Bréfritari: Guðný Jónsdóttir
Viðtakandi: Jón Borgfirðingur
Dagsetning: A-1899-04-12
Skrifað á: Sauðafelli  Dal.
Dóttir Jóns Borgfirðings

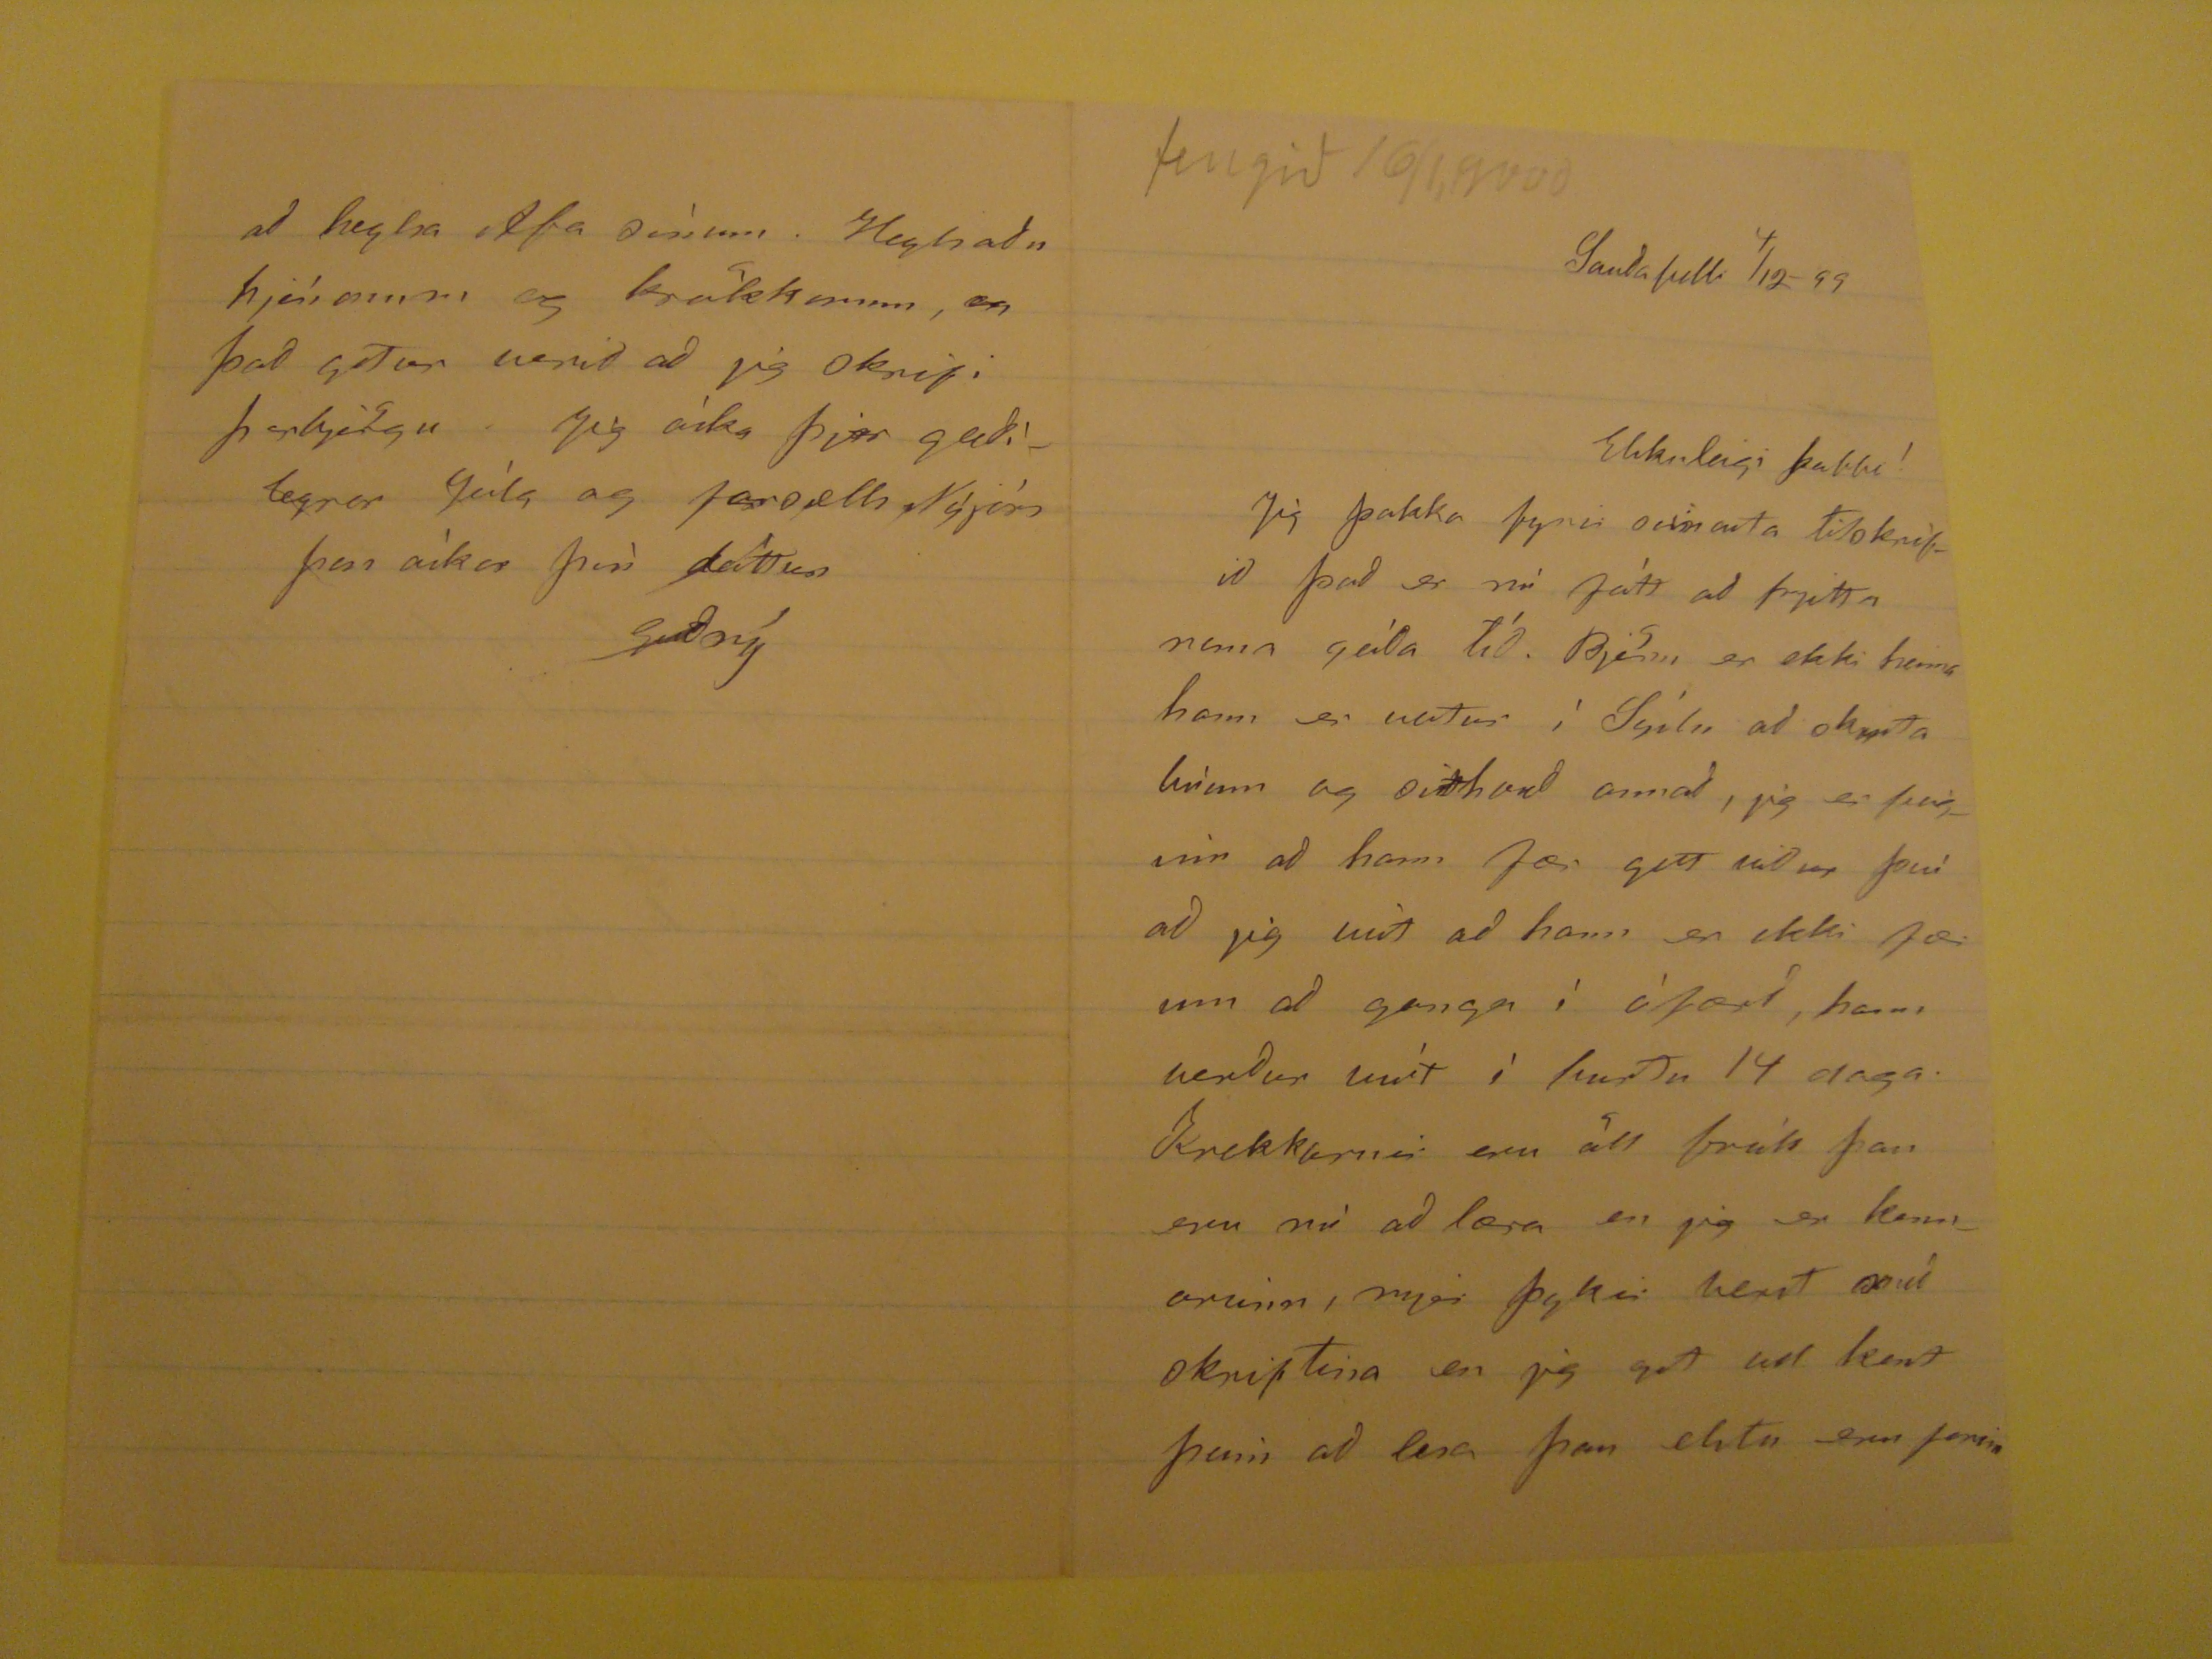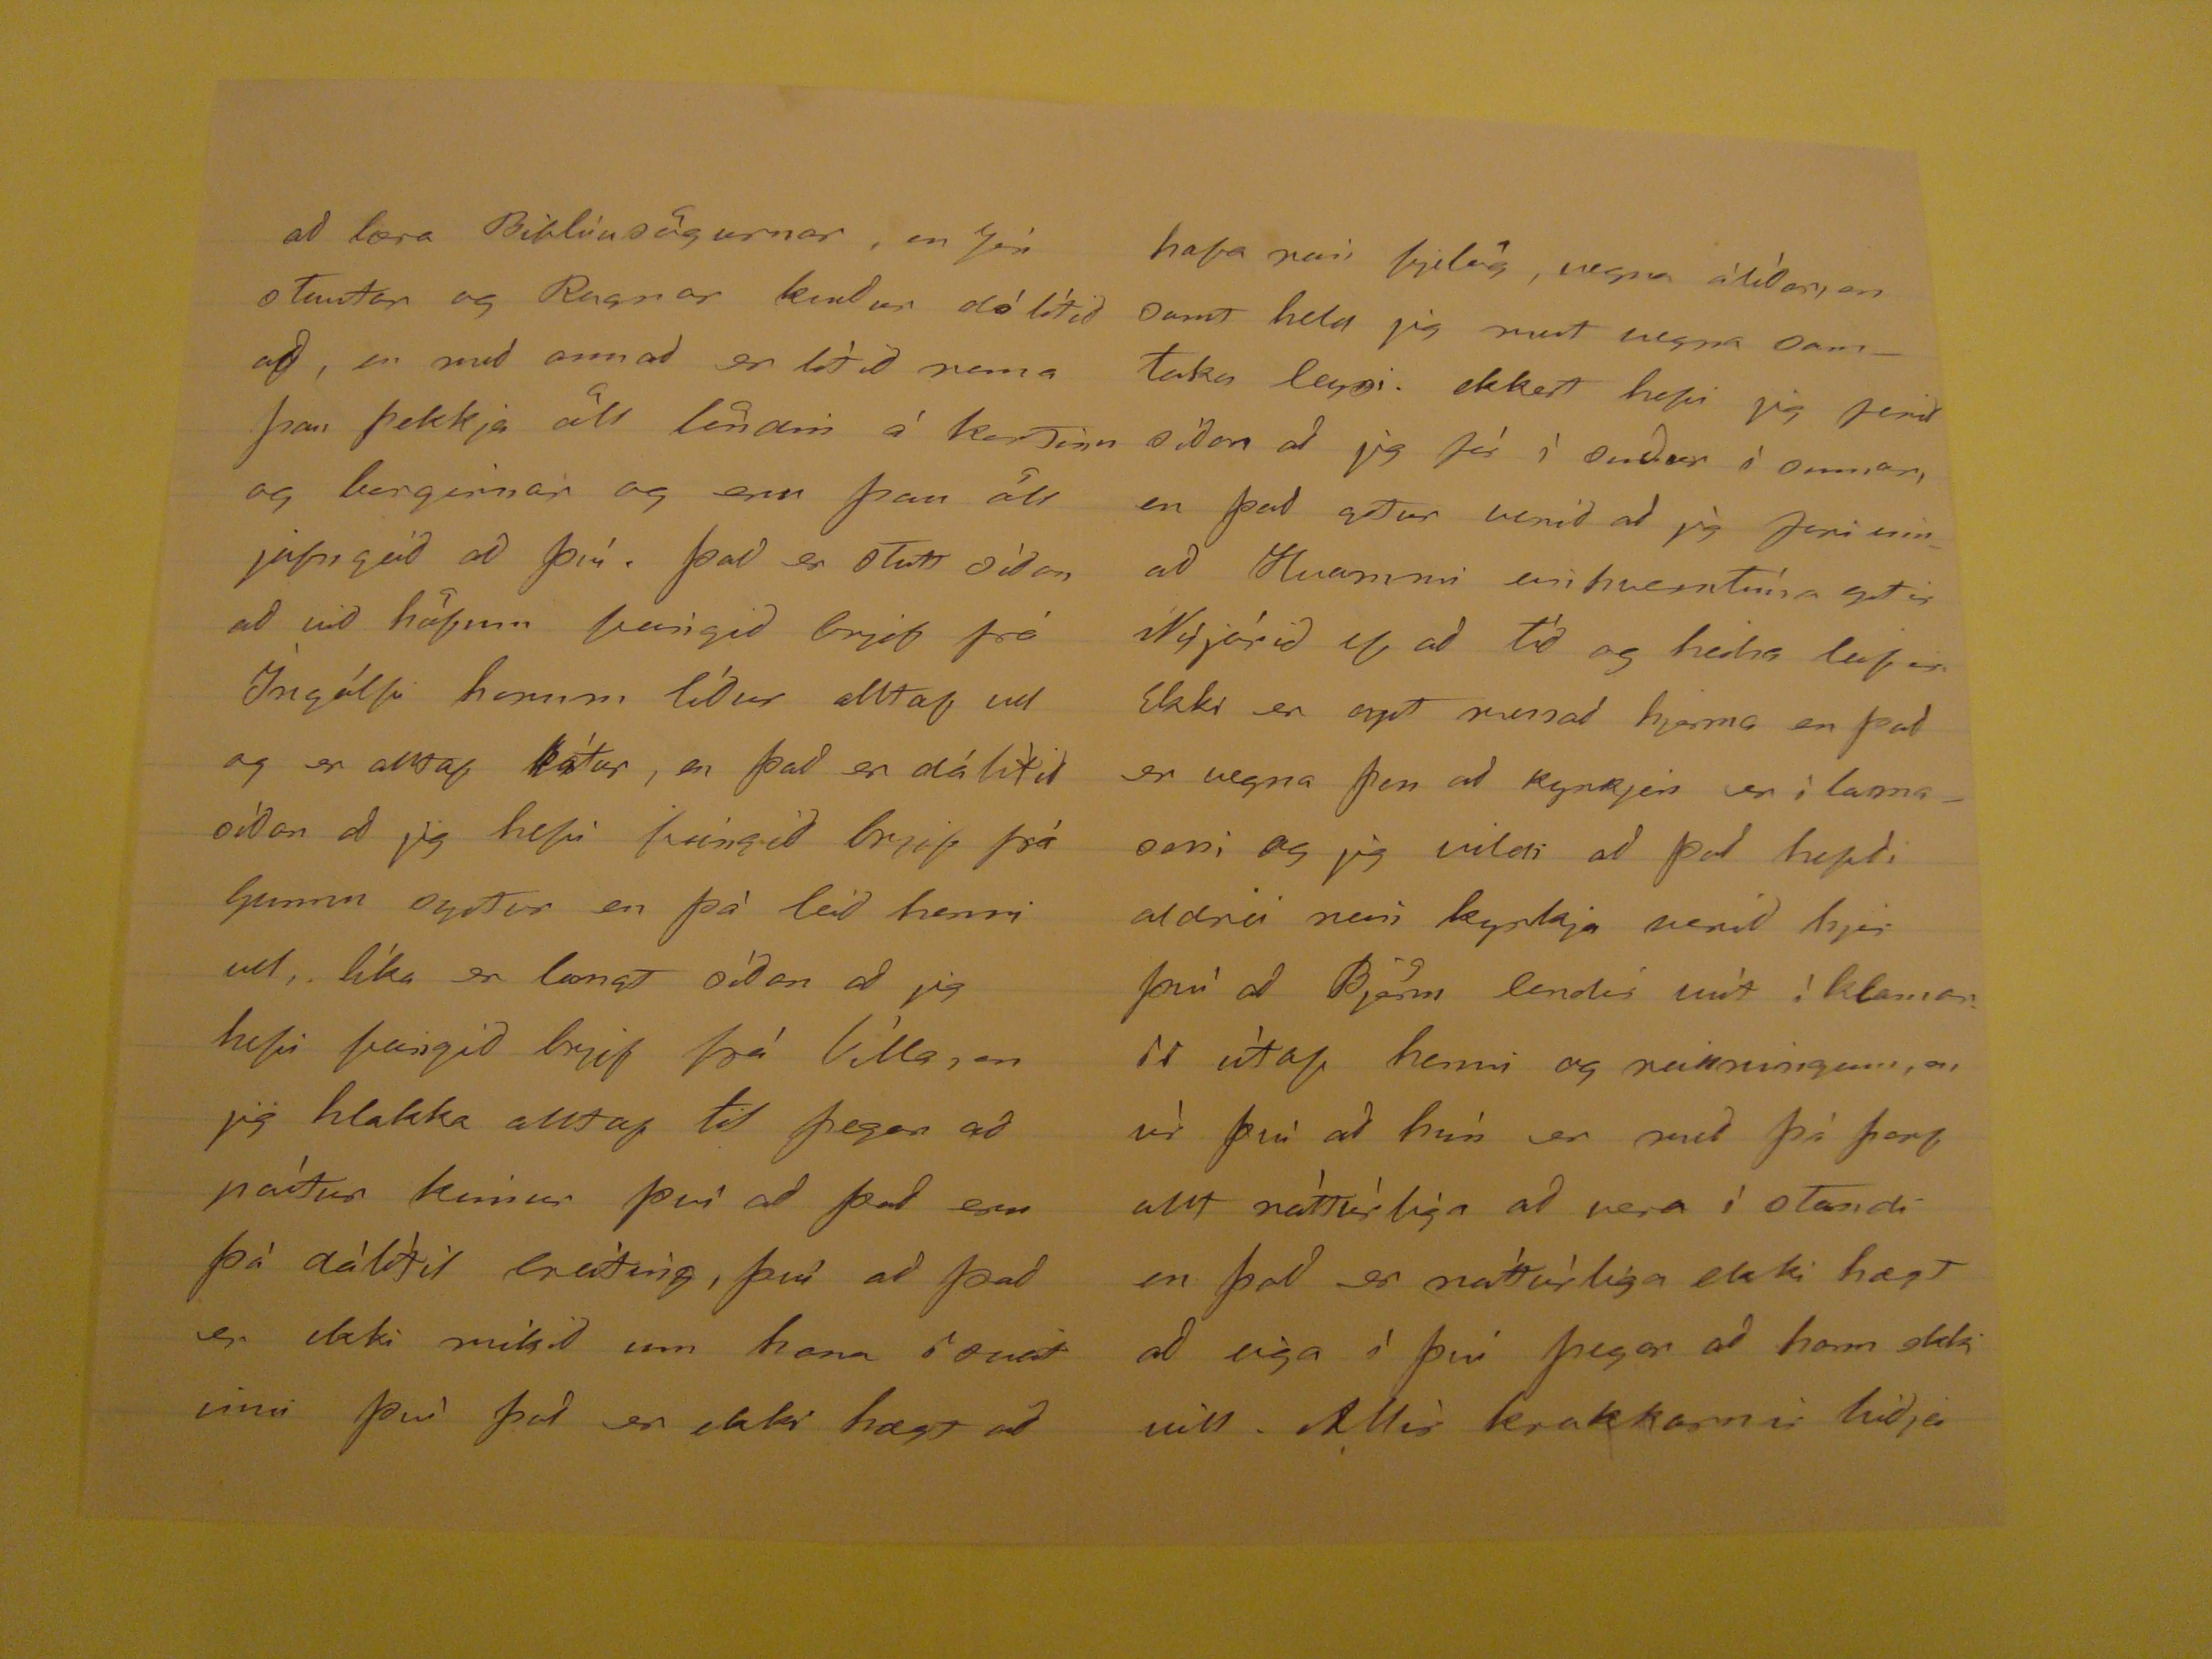

fengið 16/1,9000
Sauðafelli 4/12-99
Elskuleigi babbi!
Jig þakka fyrir seinasta Tilskrifið það er nú fátt að frjitta nema góda tíð. Björn er ekki heima hann er vestur ì Sýslu að skipta brùm og sitthvað annað, jig er feiginn að hann fær gott veður því að jig veit að hann er ekki fær um að ganga ì òfærð, hann verður víst ì burtu 14 daga. Krakkarnir eru öll frísk þau eru nú að læra en jig er kennarinn, mjer þykir vænt
nú
skiptina en jig get vel kent þeim að lesa þau elstu eru farinn
að læra Biblíusögurnar, en Jón
stuntar
og Ragnar
kindur
dálítið af, en með annað er lítið nema þau þekkja öll löndin á kortinu og borgirnar og eru þau öll jafngóð að því. það er stutt síðan að við höfum feingið brjef frá Íngólfi honum líður alltaf vel og er alltaf kàtur, en það er dálìtið sìðan að jig hefi feingið brjef frá Gunna aptur en þà leið heinni vel, líka er langt síðan að jig hefi feingið brjef frá Vìlla, en jig hlakka alltaf til þegar að pòstur kimur því að það eru þà dàlìtil
breiting
, því að það er ekki mikið um hana í sveitinni því það er ekki hægt að
hafa nein fjelög, vegna
álíðan
, en samt held jig mest vegna samtaka leyni. ekkert hefir jig samt síðan að jig fór ì suður ì sumar, en það getur verið að jig fari inn að Hvammi einhvertíma yfir Nýjárið ef að tíð og heilsa leifir Ekki er opt munað hjerna en það er vegna þes að kyrkjan er í
Lamasmi
og jig vildi að það hepði aldrei nein kyrkja verið hjer þvì að Björn lendi víst ì
klamarir
ùtaf henni og
reinningum
, en ùr því að hùn er með þá þarf allt nàttùrlìga að vera ì standi en það er nàttùrlìga ekki hægt að eiga ì því þegar að hann ekki vill. Allir Krakkarnir biðja
að heylsa Afa sìnum. Heylsaðu hjónunum og krökkunum, en það getur verið að jig skrifi þorbjörgu. Jig òska þjer gleðilegrar Jóla og farsælls Nýjárs þess òskar þìn dòttur
Guðný